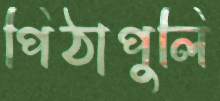
পিঠাপুলি